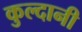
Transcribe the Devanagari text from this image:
कुल्दानी